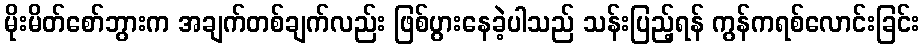
မိုးမိတ်စော်ဘွားက အချက်တစ်ချက်လည်း ဖြစ်ပွားနေခဲ့ပါသည် သန်းပြည့်ရန် ကွန်ကရစ်လောင်းခြင်း